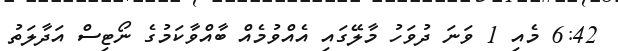
6:42 މެއި 1 ވަނަ ދުވަހު މާލޭގައި އެއްވުމެއް ބާއްވާކަމުގެ ނޯޓިސް އަދާލަތު